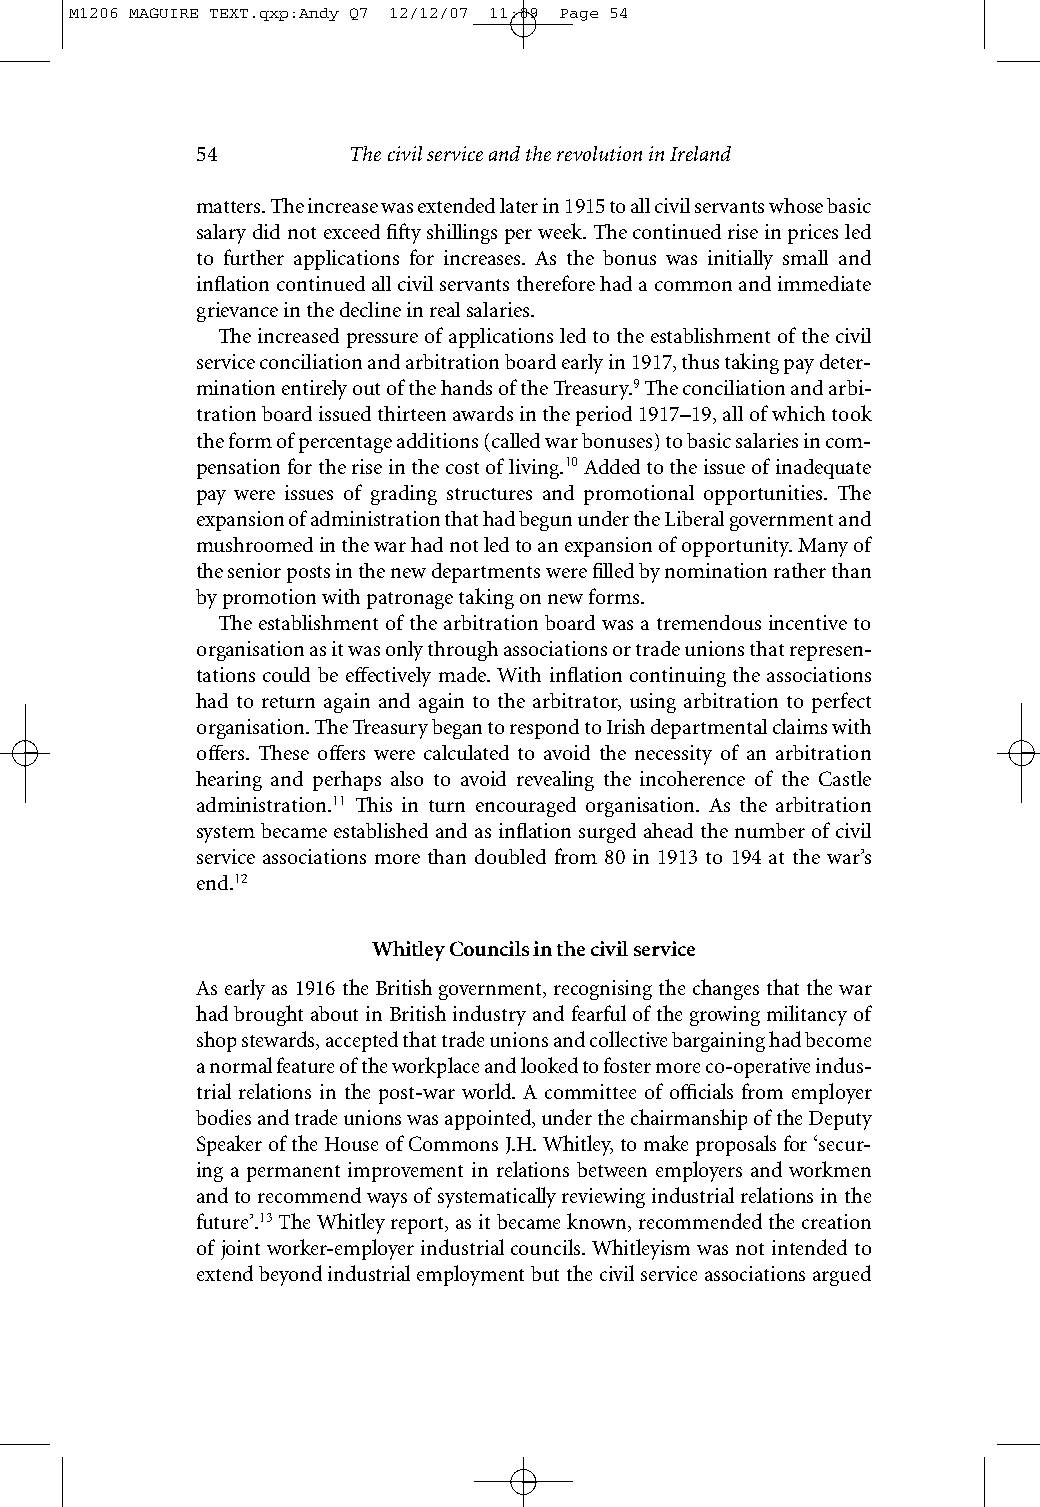
M1206 MAGUIRE TEXT.qxp:Andy Q7 12/12/07 11:09 Page 54
 54        The civil service and the revolution in Ireland
 matters. The increase was extended later in 1915 to all civil servants whose basic
 salary did not exceed fifty shillings per week. The continued rise in prices led
 to further applications for increases. As the bonus was initially small and
 inflation continued all civil servants therefore had a common and immediate
 grievance in the decline in real salaries.
 The increased pressure of applications led to the establishment of the civil
 service conciliation and arbitration board early in 1917, thus taking pay deter-
 mination entirely out of the hands of the Treasury.9The conciliation and arbi-
 tration board issued thirteen awards in the period 1917–19, all of which took
 the form of percentage additions (called war bonuses) to basic salaries in com-
 pensation for the rise in the cost of living.10Added to the issue of inadequate
 pay were issues of grading structures and promotional opportunities. The
 expansion of administration that had begun under the Liberal government and
 mushroomed in the war had not led to an expansion of opportunity. Many of
 the senior posts in the new departments were filled by nomination rather than
 by promotion with patronage taking on new forms.
 The establishment of the arbitration board was a tremendous incentive to
 organisation as it was only through associations or trade unions that represen-
 tations could be effectively made. With inflation continuing the associations
 had to return again and again to the arbitrator, using arbitration to perfect
 organisation. The Treasury began to respond to Irish departmental claims with
 offers. These offers were calculated to avoid the necessity of an arbitration
 hearing and perhaps also to avoid revealing the incoherence of the Castle
 administration.11 This in turn encouraged organisation. As the arbitration
 system became established and as inflation surged ahead the number of civil
 service associations more than doubled from 80 in 1913 to 194 at the war’s
 end.12
 Whitley Councils in the civil service
 As early as 1916 the British government, recognising the changes that the war
 had brought about in British industry and fearful of the growing militancy of
 shop stewards, accepted that trade unions and collective bargaining had become
 a normal feature of the workplace and looked to foster more co-operative indus-
 trial relations in the post-war world. A committee of officials from employer
 bodies and trade unions was appointed, under the chairmanship of the Deputy
 Speaker of the House of Commons J.H. Whitley, to make proposals for ‘secur-
 ing a permanent improvement in relations between employers and workmen
 and to recommend ways of systematically reviewing industrial relations in the
 future’.13The Whitley report, as it became known, recommended the creation
 of joint worker-employer industrial councils. Whitleyism was not intended to
 extend beyond industrial employment but the civil service associations argued